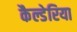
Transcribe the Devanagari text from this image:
कैल्डेरिया